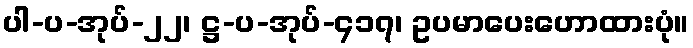
ပါ-ပ-အုပ်-၂၂၊ ဋ္ဌ-ပ-အုပ်-၄၁၇၊ ဥပမာပေးဟောထားပုံ။